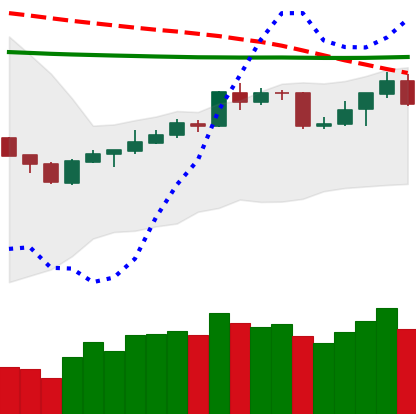
Ticker: BNB-USD
Chart end date: 2020-04-15
Forward return: 3.368%
Label: up_3_5